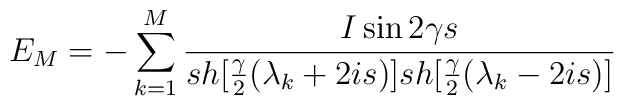
E_M = - \sum_{k=1}^{M} \frac{I\sin 2\gamma s}{sh[\frac{\gamma}{2}(\lambda_k+2is)]sh[\frac{\gamma}{2}(\lambda_k-2is)]}